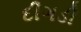
દીગડી